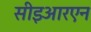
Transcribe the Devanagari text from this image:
सीइआरएन